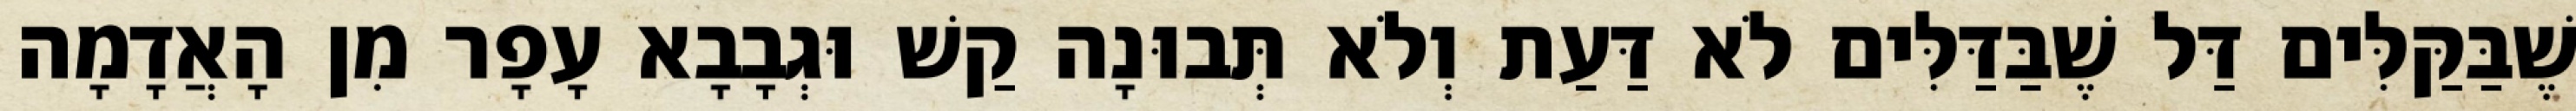
שֶׁבַּקַּלִּים דַּל שֶׁבַּדַּלִּים לֹא דַּעַת וְלֹא תְּבוּנָה קַשׁ וּגְבָבָא עָפָר מִן הָאֲדָמָה